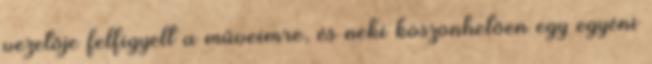
vezetője felfigyelt a műveimre, és neki köszönhetően egy egyéni